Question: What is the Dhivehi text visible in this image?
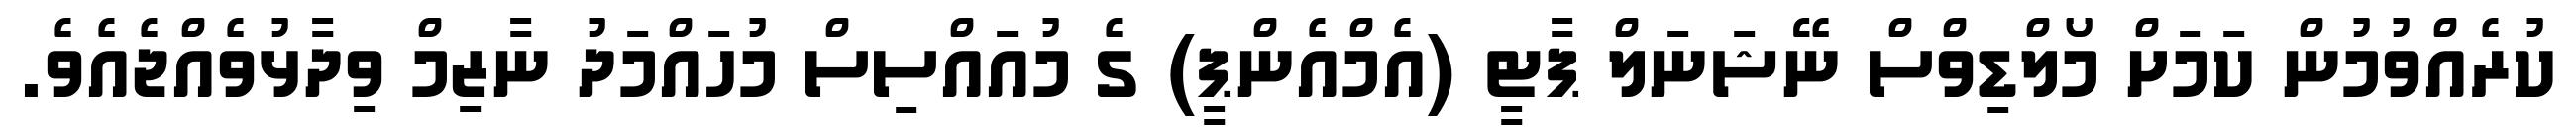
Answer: ކުރެއްވުމުން ކަމަށް މޯލްޑިވްސް ނޭޝަނަލް ޕާޓީ (އެމްއެންޕީ) ގެ މުއައްސިސް މުހައްމަދު ނާޒިމް ވިދާޅުވެއްޖެއެވެ.